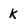
Character: K